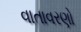
વાતાવરણો